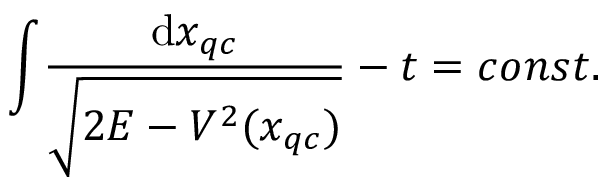
\int \! \frac { \mathrm { d } x _ { q c } } { \sqrt { 2 E - V ^ { 2 } ( x _ { q c } ) } } - t = c o n s t .